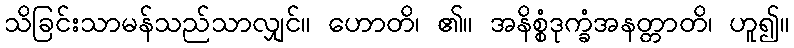
သိခြင်းသာမန်သည်သာလျှင်။ ဟောတိ၊ ၏။ အနိစ္စံဒုက္ခံအနတ္တာတိ၊ ဟူ၍။